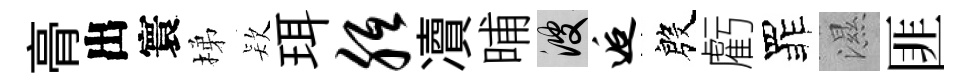
𮌔出寰梯𣣇珥胝凟晡彼逅殷虧罪濕匪